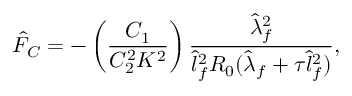
\hat { F } _ { C } = - \left( \frac { C _ { 1 } } { C _ { 2 } ^ { 2 } K ^ { 2 } } \right) \frac { \hat { \lambda } _ { f } ^ { 2 } } { \hat { l } _ { f } ^ { 2 } R _ { 0 } ( \hat { \lambda } _ { f } + \tau \hat { l } _ { f } ^ { 2 } ) } ,